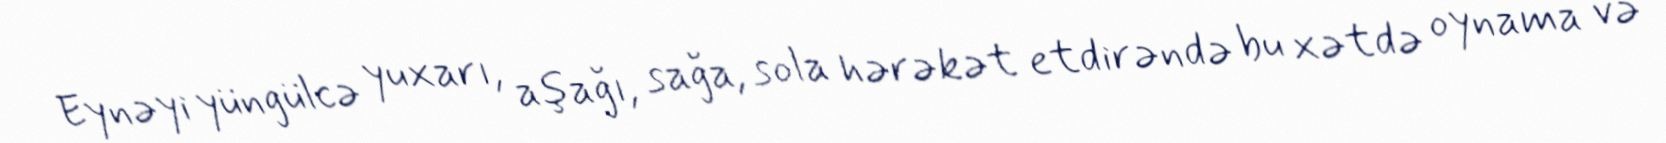
Eynəyi yüngülcə yuxarı, aşağı, sağa, sola hərəkət etdirəndə bu xətdə oynama və